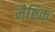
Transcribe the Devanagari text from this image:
नैष्टिक